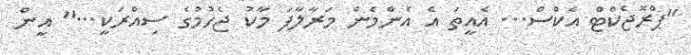
"ޕްރޮޖެކްޓް އެކްސް... އެއީތަ އެ އެންމެން މަރާލާފަ މާކު ޖެހުމުގެ ސިއްރަކީ..." އީން